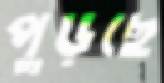
পুড়ছে